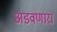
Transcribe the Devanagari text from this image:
अडवणारा